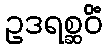
ဥဒရစ္ဆဝိံ